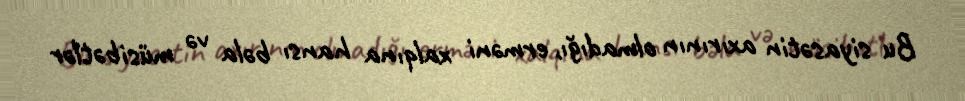
Bu siyasətin axırının olmadığı, erməni xalqına hansı bəla və müsibətlər